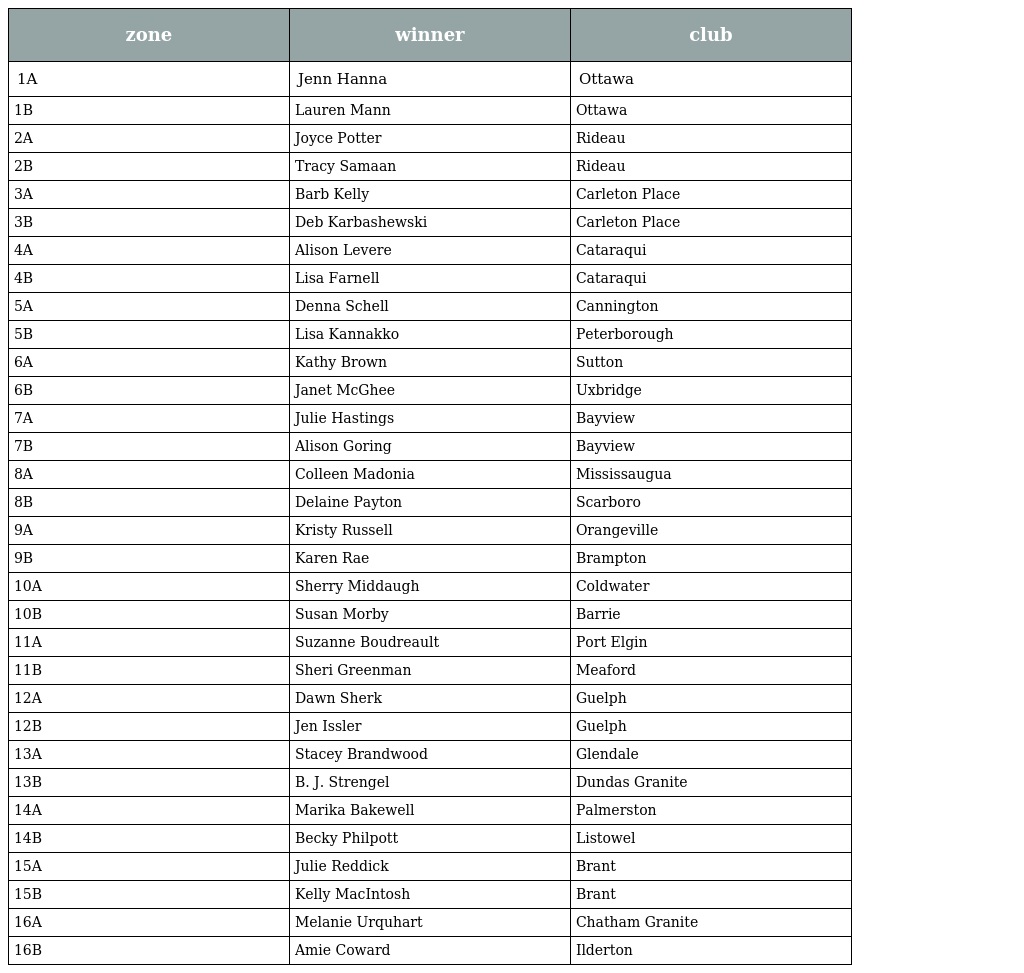
| zone | winner | club |
 | --- | --- | --- |
 | 1A | Jenn Hanna | Ottawa |
 | 1B | Lauren Mann | Ottawa |
 | 2A | Joyce Potter | Rideau |
 | 2B | Tracy Samaan | Rideau |
 | 3A | Barb Kelly | Carleton Place |
 | 3B | Deb Karbashewski | Carleton Place |
 | 4A | Alison Levere | Cataraqui |
 | 4B | Lisa Farnell | Cataraqui |
 | 5A | Denna Schell | Cannington |
 | 5B | Lisa Kannakko | Peterborough |
 | 6A | Kathy Brown | Sutton |
 | 6B | Janet McGhee | Uxbridge |
 | 7A | Julie Hastings | Bayview |
 | 7B | Alison Goring | Bayview |
 | 8A | Colleen Madonia | Mississaugua |
 | 8B | Delaine Payton | Scarboro |
 | 9A | Kristy Russell | Orangeville |
 | 9B | Karen Rae | Brampton |
 | 10A | Sherry Middaugh | Coldwater |
 | 10B | Susan Morby | Barrie |
 | 11A | Suzanne Boudreault | Port Elgin |
 | 11B | Sheri Greenman | Meaford |
 | 12A | Dawn Sherk | Guelph |
 | 12B | Jen Issler | Guelph |
 | 13A | Stacey Brandwood | Glendale |
 | 13B | B. J. Strengel | Dundas Granite |
 | 14A | Marika Bakewell | Palmerston |
 | 14B | Becky Philpott | Listowel |
 | 15A | Julie Reddick | Brant |
 | 15B | Kelly MacIntosh | Brant |
 | 16A | Melanie Urquhart | Chatham Granite |
 | 16B | Amie Coward | Ilderton |